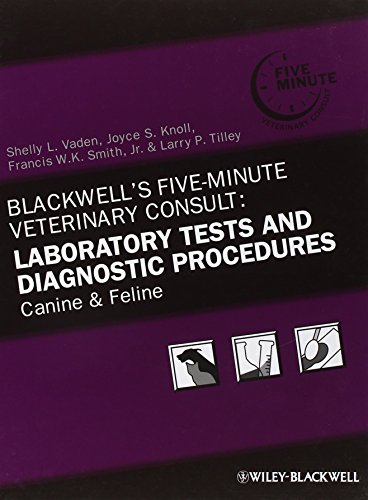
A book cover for Blackwell's Five-Minute Veterinary Consult: Laboratory Tests and Diagnostic Procedures: Canine and Feline; Medical Books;